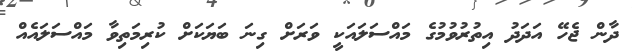
ދާން ޖެހޭ އަދަދު އިތުރުވުމުގެ މައްސަލައަކީ ވަރަށް ގިނަ ބަޔަކަށް ކުރިމަތިވާ މައްސަލައެއް